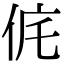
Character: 侂